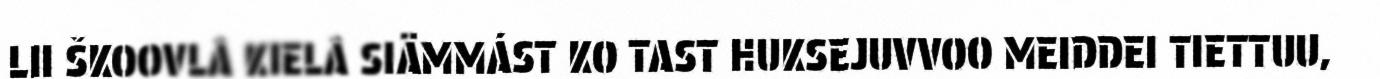
LII ŠKOOVLÂ KIELÂ SIÄMMÁST KO TAST HUKSEJUVVOO MEIDDEI TIETTUU,